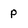
Character: P